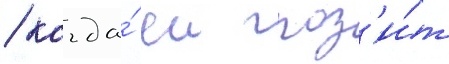
/ когда́ еи гроз'и́т